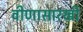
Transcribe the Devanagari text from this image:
वीणासारखी